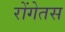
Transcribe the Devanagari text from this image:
रोंगेतस